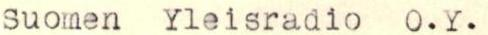
Suomen Ylesiradio O.Y.